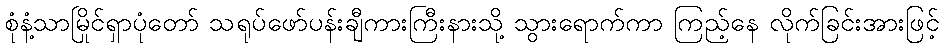
စုံနံ့သာမြိုင်ရှာပုံတော် သရုပ်ဖော်ပန်းချီကားကြီးနားသို့ သွားရောက်ကာ ကြည့်နေ လိုက်ခြင်းအားဖြင့်